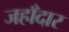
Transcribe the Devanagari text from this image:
जहाँदार